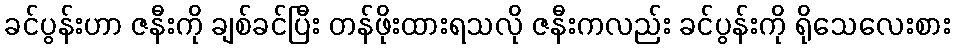
ခင်ပွန်းဟာ ဇနီးကို ချစ်ခင်ပြီး တန်ဖိုးထားရသလို ဇနီးကလည်း ခင်ပွန်းကို ရိုသေလေးစား